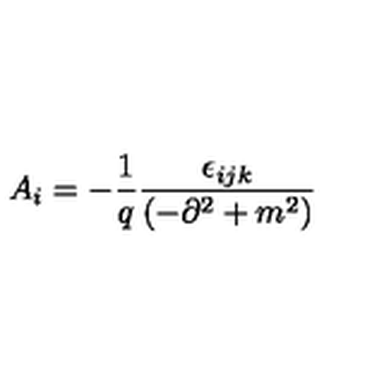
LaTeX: A _ { i } = - \frac { 1 } { q } \frac { \epsilon _ { i j k } } { \left( - \partial ^ { 2 } + m ^ { 2 } \right) }